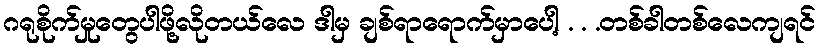
ဂရုစိုက်မှုတွေပါဖို့လိုတယ်လေ ဒါမှ ချစ်ရာရောက်မှာပေါ့ . . .တစ်ခါတစ်လေကျရင်